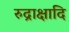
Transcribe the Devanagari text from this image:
रुद्राक्षादि